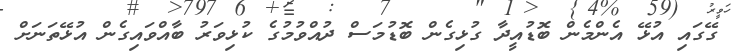
ގޭގައި އުޅޭ އެންމެން ބޮޑުއީދާ ގުޅިގެން ބޮޑުމަސް ދުއްވުމުގެ ކުޅިވަރު ބާއްވައިގެން އުޅޭތަނަށް